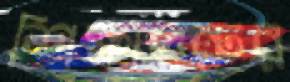
শিক্ষাগুরুর